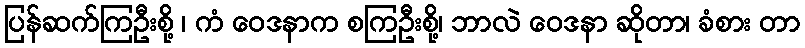
ပြန်ဆက်ကြဦးစို့ ၊ ကံ ဝေဒနာက စကြဦးစို့၊ ဘာလဲ ဝေဒနာ ဆိုတာ၊ ခံစား တာ